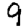
Digit: 9